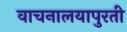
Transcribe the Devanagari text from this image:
वाचनालयापुरती